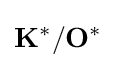
\mathbf {K} ^{*}/\mathbf {O} ^{*}